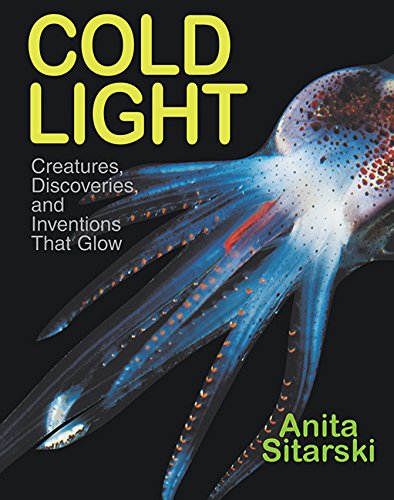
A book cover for Cold Light: Creatures, Discoveries, and Inventions That Glow; Anita Sitarski; Children's Books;